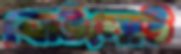
বোউদোউ